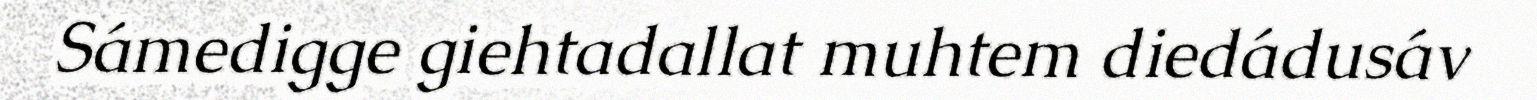
Sámedigge giehtadallat muhtem diedádusáv